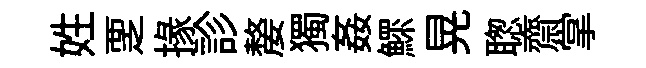
姓覂掾診嫠獨姦鰥晃聦齋掌